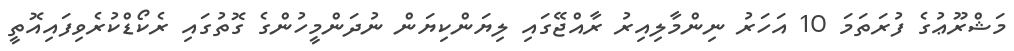
މަޝްރޫޢުގެ ފުރަތަމަ 10 އަހަރު ނިންމާލިއިރު ރާއްޖޭގައި ލިޔަންކިޔަން ނުދަންމީހުންގެ ގޮތުގައި ރެކޯޑްކުރެވިފައިއޮތީ